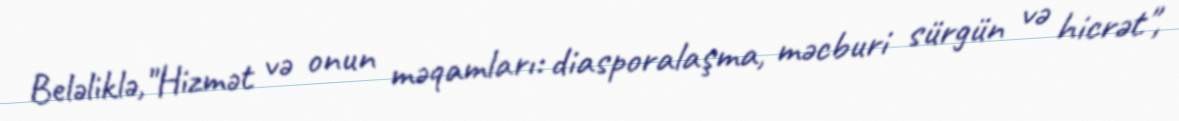
Beləliklə,"Hizmət və onun məqamları: diasporalaşma, məcburi sürgün və hicrət",